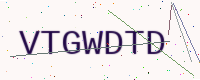
Text: VTGWDTD